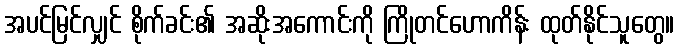
အပင်မြင်လျှင် စိုက်ခင်း၏ အဆိုးအကောင်းကို ကြိုတင်ဟောကိန်း ထုတ်နိုင်သူတွေ။